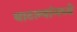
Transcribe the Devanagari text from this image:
बाटल्यांमध्ये